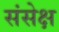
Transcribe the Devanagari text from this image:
संसेक्ष